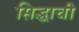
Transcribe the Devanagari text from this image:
सिद्धाची